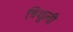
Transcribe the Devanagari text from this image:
त्रिशुली